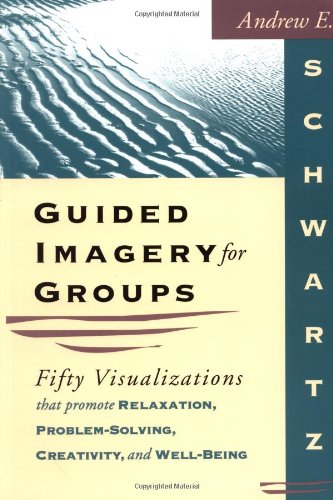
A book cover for Guided Imagery for Groups: Fifty Visualizations That Promote Relaxation, Problem-Solving, Creativity, and Well-Being; Andrew E. Schwartz; Medical Books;